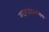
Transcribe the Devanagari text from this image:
महाराजांप्रमाणेच